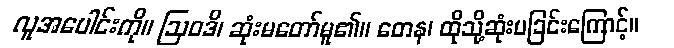
လူအပေါင်းကို။ ဩဝဒိ၊ ဆုံးမတော်မူ၏။ တေန၊ ထိုသို့ဆုံးမခြင်းကြောင့်။